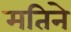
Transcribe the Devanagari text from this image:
मतिने